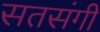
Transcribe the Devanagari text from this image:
सतसंगी